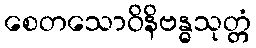
စေတသောဝိနိဗန္ဓသုတ္တံ